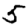
Digit: 5